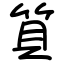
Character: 筫